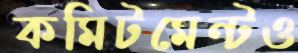
কমিটমেন্টও